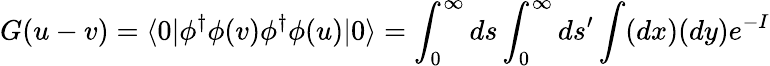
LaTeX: G(u-v)=\langle 0|\phi^{\dagger}\phi(v)\phi^{\dagger}\phi(u)|0\rangle=\int_{0}^{\infty}ds\int_{0}^{\infty}ds^{\prime}\int(dx)(dy)e^{-I}